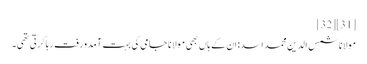
[31][32]
مولانا شمس الدین محمد اسد: اِن کے ہاں بھی مولانا جامی کی بہت آمدورفت رہا کرتی تھی۔